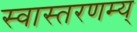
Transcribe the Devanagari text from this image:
स्वास्तरणम्य्